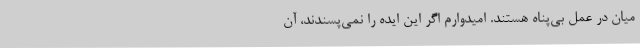
میان در عمل بی‌پناه هستند. امیدوارم اگر این ایده را نمی‌پسندند، آن